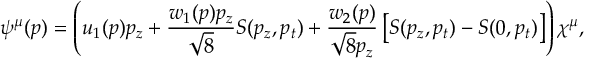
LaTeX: \psi ^ { \mu } ( p ) = \left( u _ { 1 } ( p ) p _ { z } + { \frac { w _ { 1 } ( p ) p _ { z } } { \sqrt { 8 } } } S ( p _ { z } , p _ { t } ) + { \frac { w _ { 2 } ( p ) } { \sqrt { 8 } p _ { z } } } \left[ S ( p _ { z } , p _ { t } ) - S ( 0 , p _ { t } ) \right] \right) \chi ^ { \mu } ,